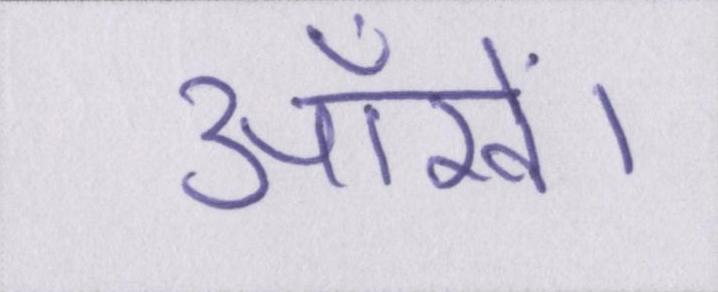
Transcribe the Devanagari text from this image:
आँखें।